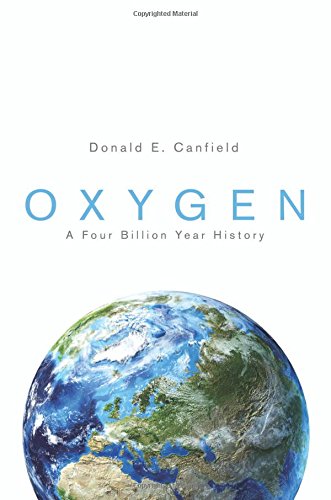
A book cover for Oxygen: A Four Billion Year History (Science Essentials); Donald E. Canfield; Science & Math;